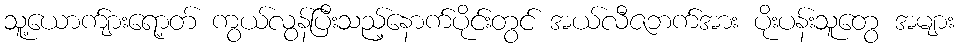
သူ့ယောက်ျားရော့တ် ကွယ်လွန်ပြီးသည့်နောက်ပိုင်းတွင် အယ်လီဇဘက်အား ပိုးပန်းသူတွေ အများ